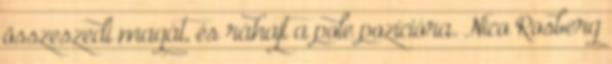
összeszedi magát, és ráhajt a pole pozícióra. Nico Rosberg